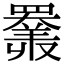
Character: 𦌩